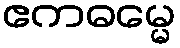
ဧကဓမ္မေ